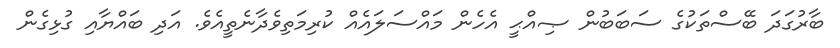
ބާރުގަދަ ބޭސްތަކުގެ ސަބަބުން ޞިއްޙީ އެހެން މައްސަލައެއް ކުރިމަތިވެދާނެތީއެވެ. އަދި ބައްޔާއި ގުޅިގެން